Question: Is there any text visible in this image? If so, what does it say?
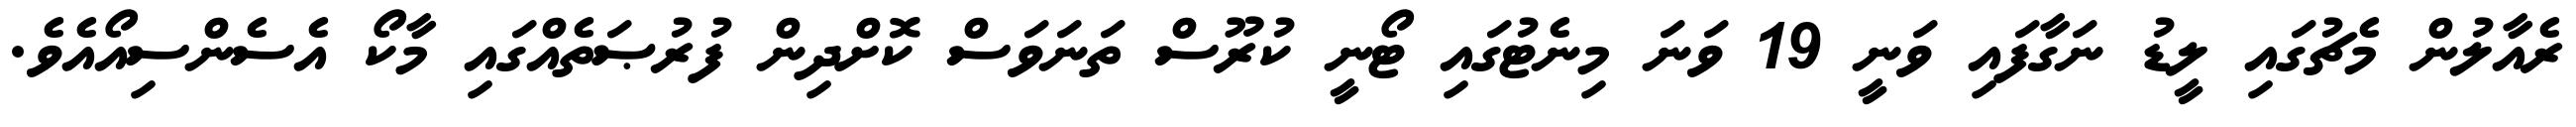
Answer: ރެއާލުން މެޗުގައި ލީޑު ނަގާފައި ވަނީ 19 ވަނަ މިނެޓުގައި ޓޯނީ ކުރޫސް ތަނަވަސް ކޮށްދިން ފުރުޞަތެއްގައި މާކޯ އެސެންސިއޯއެވެ.